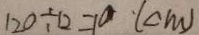
1 2 0 \div 1 2 = 1 0 ( c m )